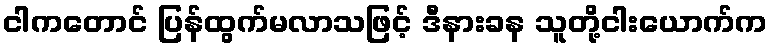
ငါကတောင် ပြန်ထွက်မလာသဖြင့် ဒီနားခန သူတို့ငါးယောက်က